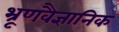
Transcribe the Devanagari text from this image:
भ्रूणवैज्ञानिक